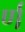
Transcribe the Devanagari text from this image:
र्ण